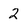
Character: 2